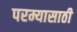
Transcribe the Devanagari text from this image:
परम्यासाठी